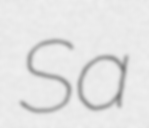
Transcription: Sa